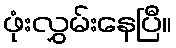
ဖုံးလွှမ်းနေပြီ။